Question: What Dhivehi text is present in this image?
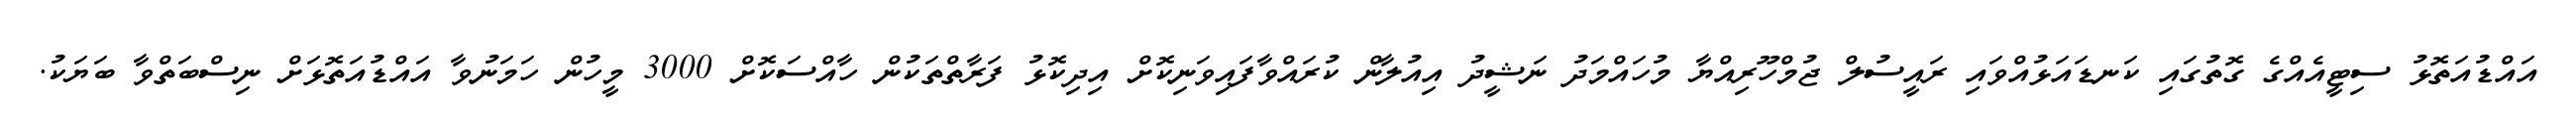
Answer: އައްޑުއަތޮޅު ސިޓީއެއްގެ ގޮތުގައި ކަނޑައަޅުއްވައި ރައީސުލް ޖުމްހޫރިއްޔާ މުހައްމަދު ނަޝީދު އިއުލާން ކުރައްވާފައިވަނިކޮށް އިދިކޮޅު ފަރާތްތަކުން ހާއްސަކޮށް 3000 މީހުން ހަމަނުވާ އައްޑުއަތޮޅަށް ނިސްބަތްވާ ބަޔަކު.